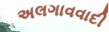
અલગાવવાદી